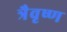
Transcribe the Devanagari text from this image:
त्रैवृष्ण